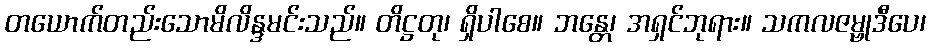
တယောက်တည်းသောမိလိန္ဒမင်းသည်။ တိဋ္ဌတု၊ ရှိပါစေ။ ဘန္တေ၊ အရှင်ဘုရား။ သကလဇမ္ဗုဒီပေ၊